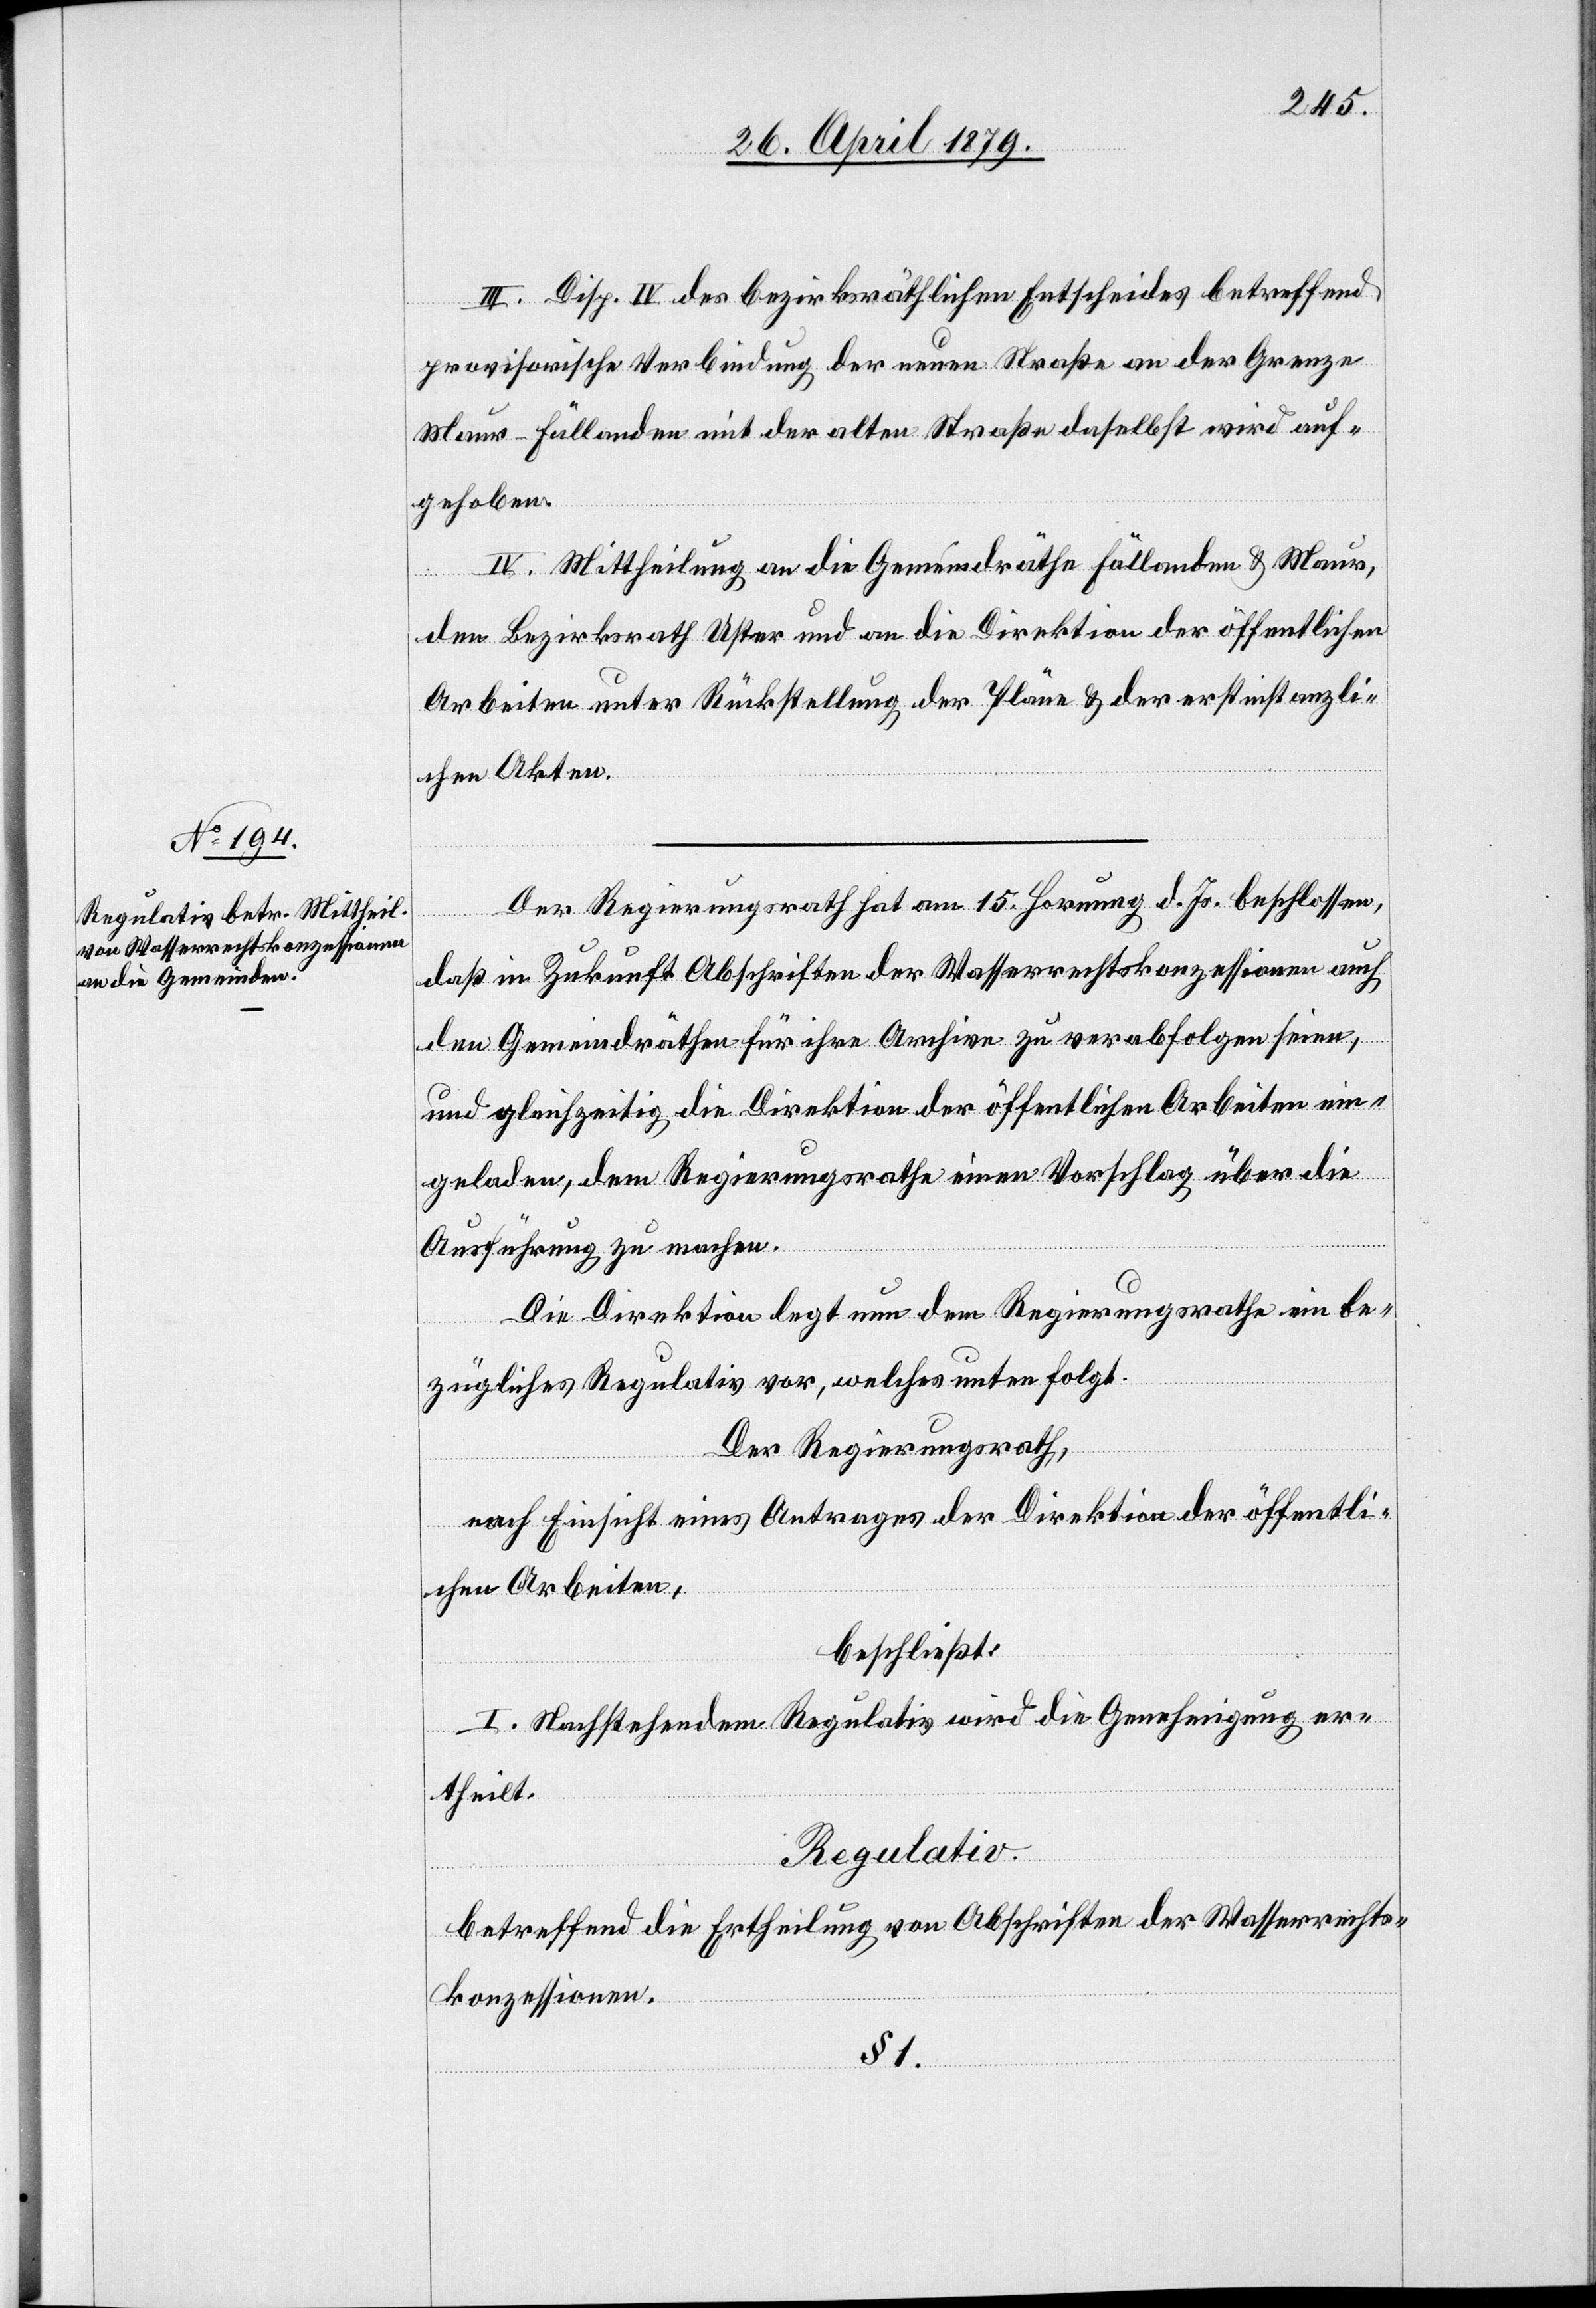
III. Disp. IV des bezirksräthlichen Entscheides betreffend
provisorische Verbindung der neuen Straße an der Grenze
Maur–Fällanden mit der alten Straße daselbst wird auf¬
gehoben.
IV. Mittheilung an die Gemeindräthe Fällanden & Maur,
den Bezirksrath Uster und an die Direktion der öffentlichen
Arbeiten unter Rückstellung der Pläne & der erstinstanzli¬
chen Akten.
Der Regierungsrath hat am 15. Hornung d. Js. beschlossen,
daß in Zukunft Abschriften der Wasserrechtskonzessionen auch
den Gemeindräthen für ihre Archive zu verabfolgen seien,
und gleichzeitig die Direktion der öffentlichen Arbeiten ein¬
geladen, dem Regierungsrathe einen Vorschlag über die
Ausführung zu machen.
Die Direktion legt nun dem Regierungsrathe ein be¬
zügliches Regulativ vor, welches unten folgt.
Der Regierungsrath,
nach Einsicht eines Antrages der Direktion der öffentli¬
chen Arbeiten,
beschließt:
I. Nachstehendem Regulativ wird die Genehmigung er¬
theilt.
Regulativ.
betreffend die Ertheilung von Abschriften der Wasserrechts¬
konzessionen.
§ 1.